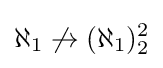
\aleph _{1}\not \rightarrow (\aleph _{1})_{2}^{2}